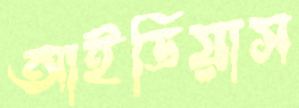
আইডিয়াস